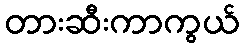
တားဆီးကာကွယ်